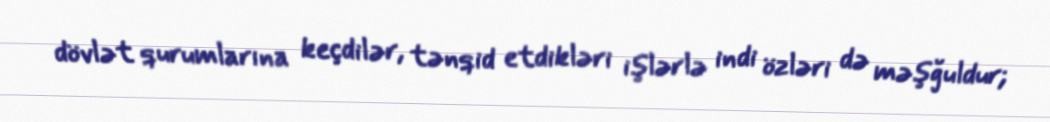
dövlət qurumlarına keçdilər, tənqid etdikləri işlərlə indi özləri də məşğuldur;